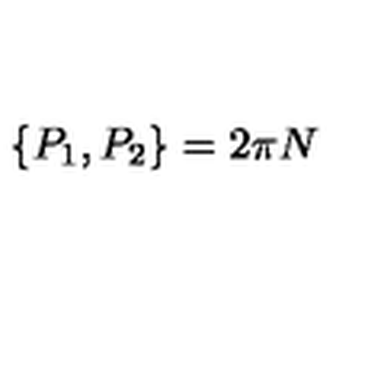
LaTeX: \{ P _ { 1 } , P _ { 2 } \} = 2 \pi N